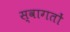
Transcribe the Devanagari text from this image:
स्वागतों